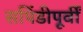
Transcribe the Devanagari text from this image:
सपिंडीपूर्वीं